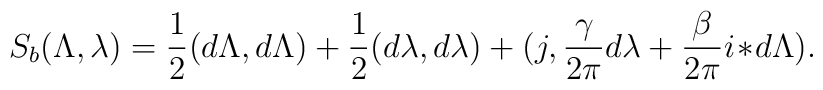
S_b(\Lambda,\lambda)={1\over 2}(d\Lambda,d\Lambda)  +{1\over 2}(d\lambda,d\lambda)  +(j,{\gamma\over 2\pi}d\lambda+  {\beta\over 2\pi}i\!\ast\! d\Lambda).